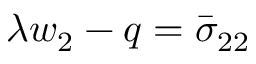
\lambda w _ { 2 } - q = \bar { \sigma } _ { 2 2 }